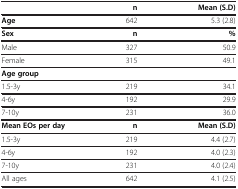
<table><thead><tr><td><b> </b></td><td><b>n</b></td><td><b>Mean (S.D)</b></td></tr></thead><tbody><tr><td><b>Age</b></td><td>642</td><td>5.3 (2.8)</td></tr><tr><td><b>Sex</b></td><td><b>n</b></td><td><b>%</b></td></tr><tr><td>Male</td><td>327</td><td>50.9</td></tr><tr><td>Female</td><td>315</td><td>49.1</td></tr><tr><td><b>Age group</b></td><td> </td><td> </td></tr><tr><td>1.5-3y</td><td>219</td><td>34.1</td></tr><tr><td>4-6y</td><td>192</td><td>29.9</td></tr><tr><td>7-10y</td><td>231</td><td>36.0</td></tr><tr><td><b>Mean EOs per day</b></td><td><b>n</b></td><td><b>Mean (S.D)</b></td></tr><tr><td>1.5-3y</td><td>219</td><td>4.4 (2.7)</td></tr><tr><td>4-6y</td><td>192</td><td>4.0 (2.3)</td></tr><tr><td>7-10y</td><td>231</td><td>4.0 (2.4)</td></tr><tr><td>All ages</td><td>642</td><td>4.1 (2.5)</td></tr></tbody></table>